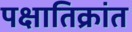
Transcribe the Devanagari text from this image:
पक्षातिक्रांत